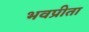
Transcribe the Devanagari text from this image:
भवप्रीता